Tezpur Lunatic Asylum reports 1877-1894 - 1877-1894
Year: 1877
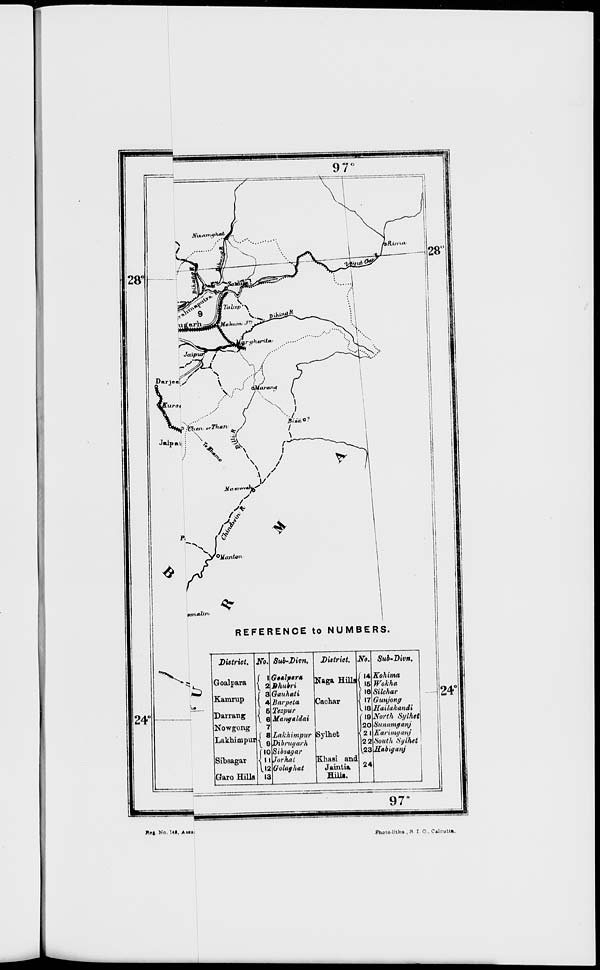
24 £
fin a/in
REFERENCE to NUMBERS.
'is
District. m. Sub-Divn. District. No. Sub-Divn.
Goalpara a Gtalptr*
Shubri
Naga Hills (14 Kohima
Wokha
Kamrup
\ 3 Qauhnti
(16 Silchar
1 * Barpeta Cachar
' 7 Gunjoncj
Darrang
6
\ 6
Tezpur
Mangaldai
118
(19
Hailakandi
North Sylhet
Nowgong
7
20 Sunamganj
Lakhimpui W
Lakhimpur
Dibruyarh
Sylhet
2,
2 2
Kariinyanj
South Sylhet
[10 Sibsayar
1,23 Uabtyanj
Sibsagar
112
Jorhat
KhaBi and
Golaghat
Jainlia 24
Garo Hills 13
Hills.
24°
97
f't No. HI. ivia
Phjjto litho , H I. O . Calcutli..